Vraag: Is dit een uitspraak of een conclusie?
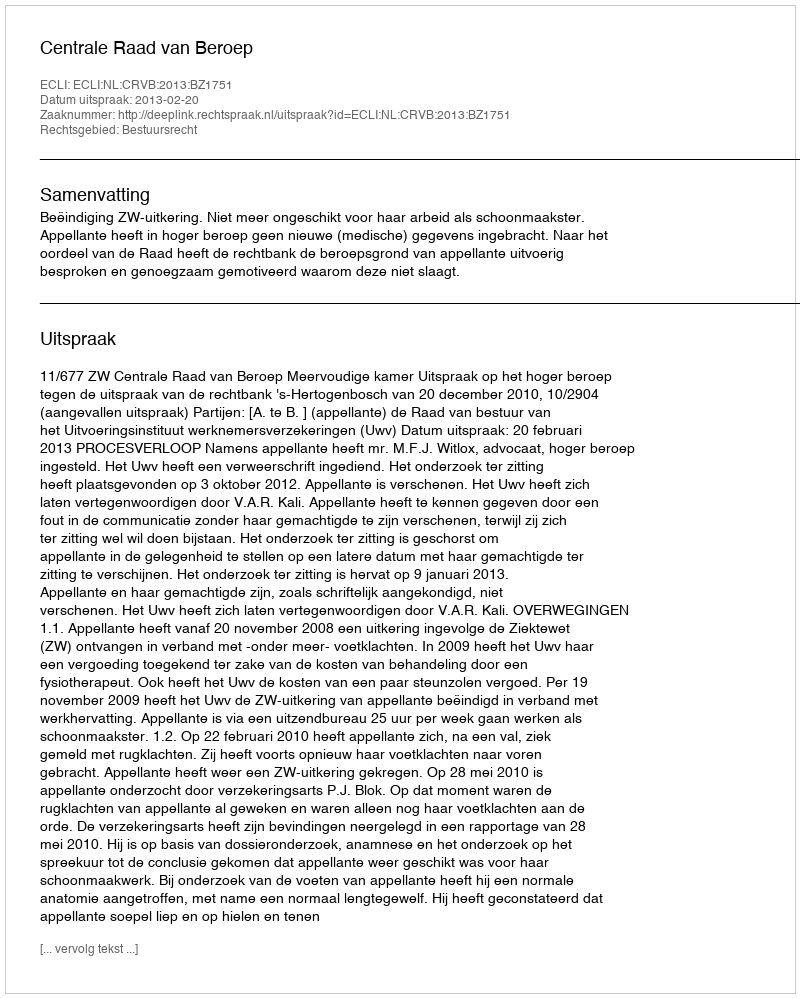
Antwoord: Uitspraak